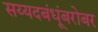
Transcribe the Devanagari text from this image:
सय्यदबंधूंबरोबर